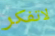
لاتفكر